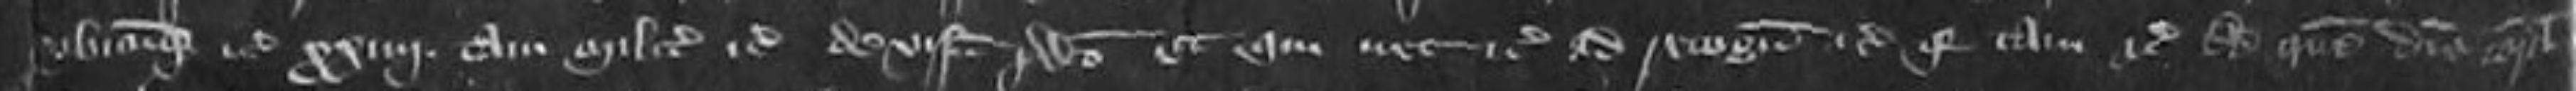
ubicumque etc xxiiii tam milites etc de visnu predicto et qui nec etc ad recognoscendum etc quia tam etc Ad quem diem coram